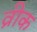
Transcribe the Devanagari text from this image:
व्रीक